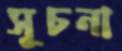
সূচনা